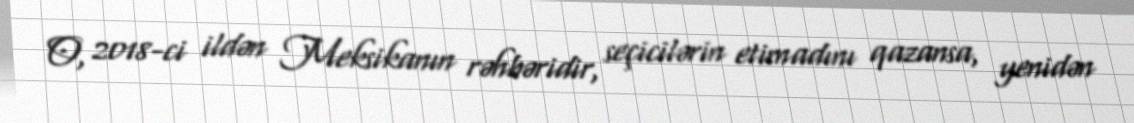
O, 2018-ci ildən Meksikanın rəhbəridir, seçicilərin etimadını qazansa, yenidən